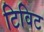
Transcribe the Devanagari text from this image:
टिविट